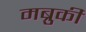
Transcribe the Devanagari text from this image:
मब्रुकी